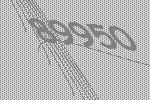
89950